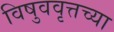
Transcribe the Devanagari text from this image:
विषुववृत्तच्या